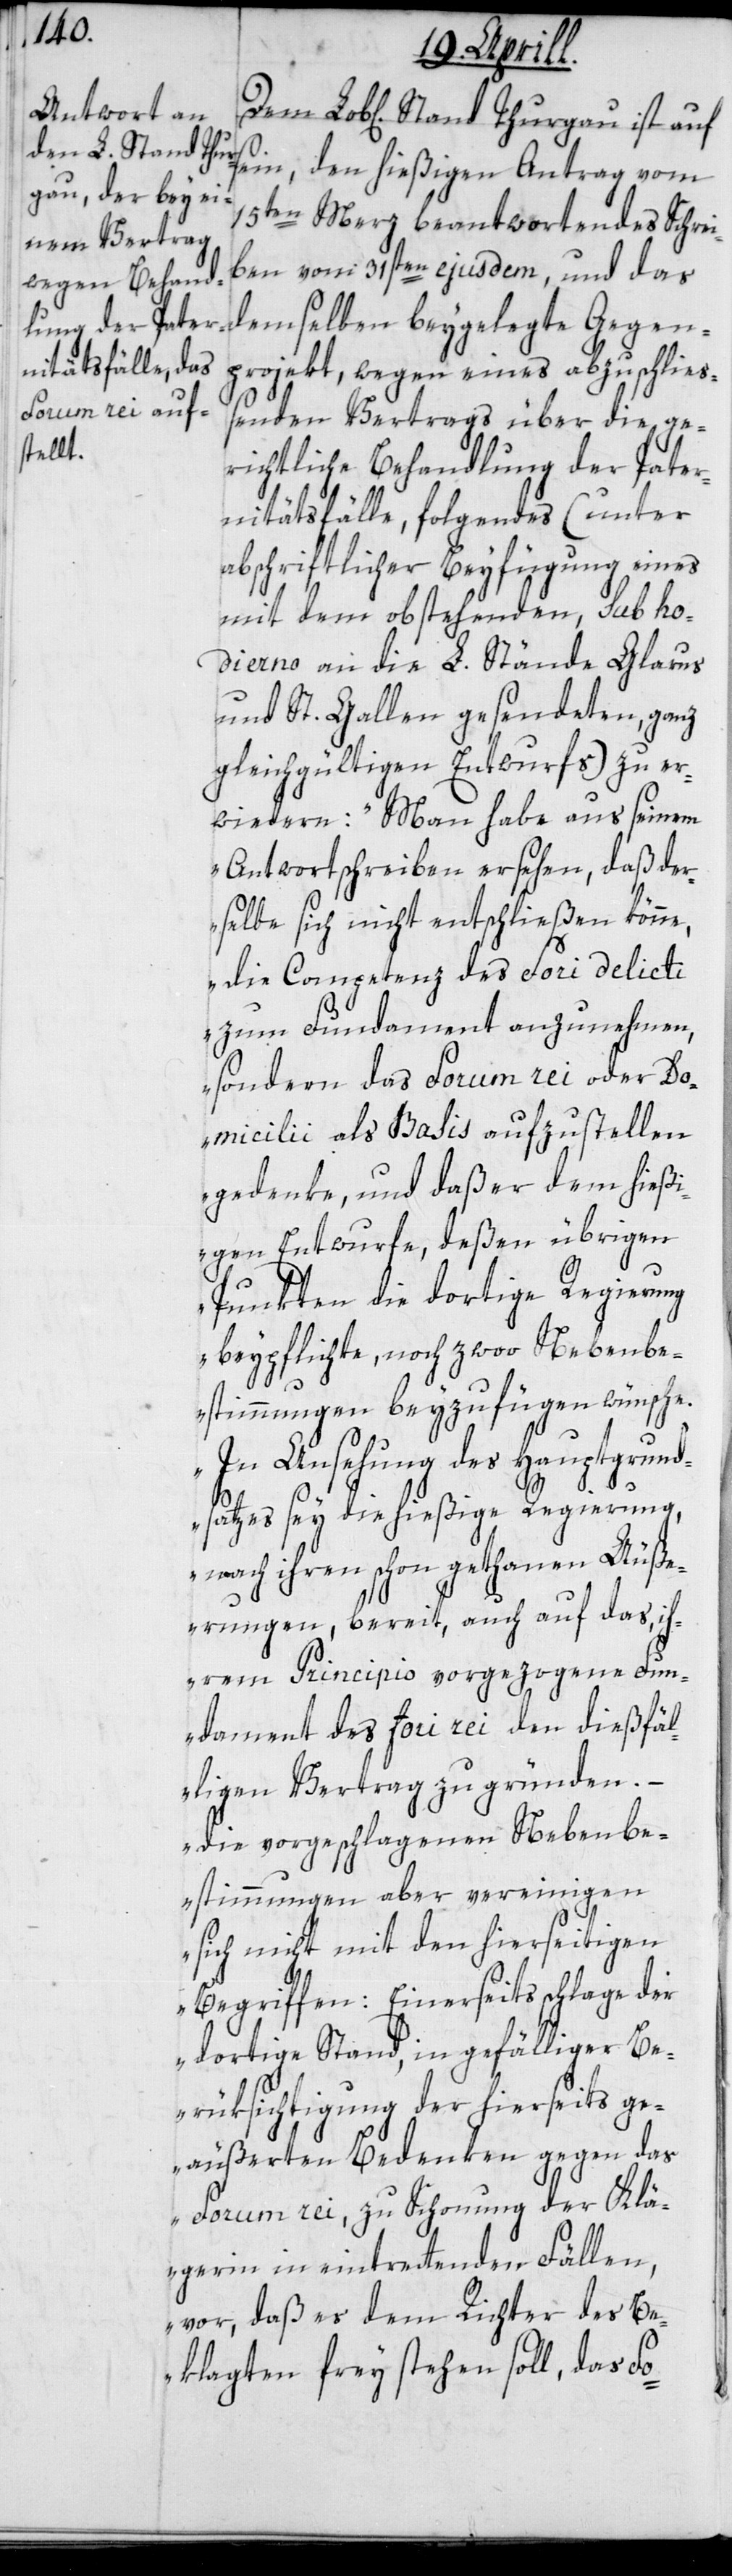
15ten Merz beantwortendes Schrei¬
ben vom 31sten ejusdem, und das
demselben beygelegte Gegen¬
projekt, wegen eines abzuschlie¬
Thurgau ist auf
ßenden Vertrags über die ge¬
richtliche Behandlung der Pater¬
nitätsfälle, folgendes (unter
abschriftlicher Beyfügung eines
mit dem obstehenden, sub ho¬
dierno an die L. Stände Glarus
und St. Gallen gesendeten, ganz
gleichgültigen Entwurfs) zu er¬
widern: „Man habe aus seinem
Antwortschreiben ersehen, daß der¬
selbe sich nicht entschließen könne,
die Competenz des Fori delicti
zum Fundament anzunehmen,
sondern das Forum rei oder Do¬
micilii als Basis aufzustellen
gedenke, und daß er dem hießi¬
gen Entwurfe, deßen übrigen
Punkten die dortige Regierung
beypflichte, noch zwoo Nebenbe¬
stimmungen beyzufügen wünsche.
In Ansehung des Hauptgrund¬
satzes sey die hießige Regierung,
nach ihren schon getanen Äuße¬
rungen, bereit, auch auf das, ih¬
rem Principio vorgezogene Fun¬
dament des Fori rei den dießfäl¬
ligen Vertrag zu gründen.
Die vorgeschlagenen Nebenbe¬
stimmungen aber vereinigen
sich nicht mit den hierseitigen
Begriffen: Einerseits schlage der
dortige Stand, in gefälliger Be¬
rüksichtigung der hierseits ge¬
äußerten Bedenken gegen das
Forum rei, zu Schonung der Klä¬
gerin in eintrettenden Fällen,
vor, daß es dem Richter des Be¬
klagten frey stehen soll, das Fo-